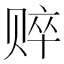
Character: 𰷤